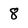
Character: 8